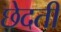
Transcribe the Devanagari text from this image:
छेदती